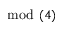
\mod ( 4 )